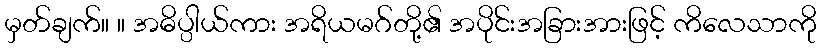
မှတ်ချက်။ ။ အဓိပ္ပါယ်ကား အရိယမဂ်တို့၏ အပိုင်းအခြားအားဖြင့် ကိလေသာကို